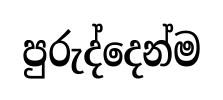
පුරුද්දෙන්ම